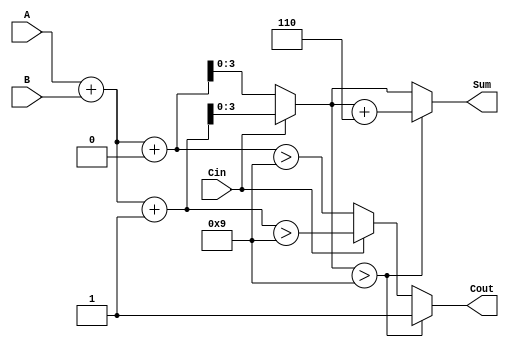
module BCD_MCSA (
    input  wire [3:0] A,    // First BCD digit
    input  wire [3:0] B,    // Second BCD digit
    input  wire Cin,         // Carry-in
    output reg  [3:0] Sum,   // BCD Sum output
    output reg  Cout         // Carry-out
);

    // Intermediate sum signals
    wire [4:0] S0; // Sum when Cin = 0 (5 bits to accommodate carry)
    wire [4:0] S1; // Sum when Cin = 1 (5 bits to accommodate carry)
    
    // Carry signals
    wire C0; // Carry-out when Cin = 0
    wire C1; // Carry-out when Cin = 1

    // Preliminary sum calculations
    assign S0 = A + B + 4'b0000; // S0 = A + B + 0
    assign S1 = A + B + 4'b0001; // S1 = A + B + 1

    // Carry generation
    assign C0 = (S0 > 4'b1001); // C0 = 1 if S0 > 9
    assign C1 = (S1 > 4'b1001); // C1 = 1 if S1 > 9

    // Final sum and carry selection logic
    always @(*) begin
        if (Cin == 0) begin
            Sum = S0[3:0]; // Select S0
            Cout = C0;     // Select C0
        end else begin
            Sum = S1[3:0]; // Select S1
            Cout = C1;     // Select C1
        end

        // BCD correction logic
        if (Sum > 4'b1001) begin
            Sum = Sum + 4'b0110; // Add 6 for BCD correction
            Cout = 1;            // Set carry-out if correction is applied
        end else begin
            Cout = Cout; // Maintain carry-out if no correction is needed
        end
    end

endmodule